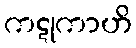
ကဋုကာဟိ